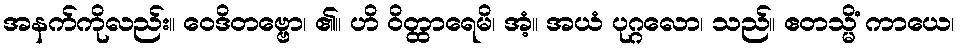
အနက်ကိုလည်း။ ဝေဒိတဗ္ဗော၊ ၏။ ဟိ ဝိတ္ထာရေမိ၊ အံ့။ အယံ ပုဂ္ဂလော၊ သည်။ ဧတသ္မိံ ကာယေ၊